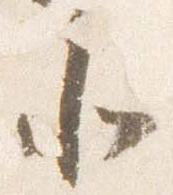
北